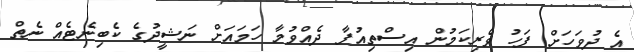
އެ ދުވަހަށް ފަހު ވެރިކަމުން އިސްތިއުފާ ދެއްވުމާ ހަމައަށް ނަޝީދުގެ ކެބިނެޓެއް ނެތް